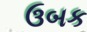
ઉબક